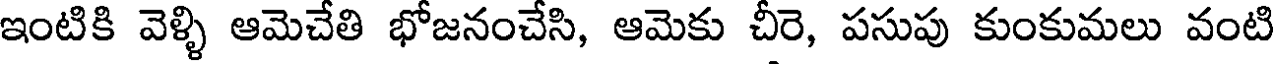
ఇంటికి వెళ్ళి ఆమెచేతి భోజనంచేసి, ఆమెకు చీరె, పసుపు కుంకుమలు వంటి